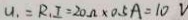
U _ { 1 } = R _ { 1 } I = 2 0 \Omega \times 0 . 5 A = 1 0 V